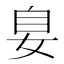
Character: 𪥴